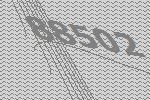
88502